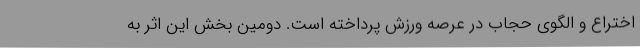
اختراع و الگوی حجاب در عرصه ورزش پرداخته است. دومین بخش این اثر به